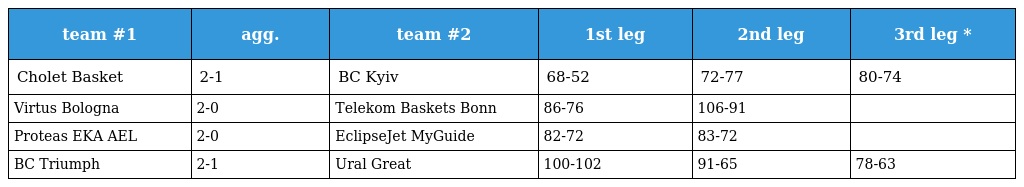
| team #1 | agg. | team #2 | 1st leg | 2nd leg | 3rd leg * |
 | --- | --- | --- | --- | --- | --- |
 | Cholet Basket | 2-1 | BC Kyiv | 68-52 | 72-77 | 80-74 |
 | Virtus Bologna | 2-0 | Telekom Baskets Bonn | 86-76 | 106-91 |  |
 | Proteas EKA AEL | 2-0 | EclipseJet MyGuide | 82-72 | 83-72 |  |
 | BC Triumph | 2-1 | Ural Great | 100-102 | 91-65 | 78-63 |